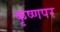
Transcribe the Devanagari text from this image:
कृष्णपर